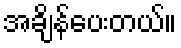
အချိန်ပေးတယ်။